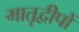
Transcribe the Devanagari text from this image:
मातृद्वीपों